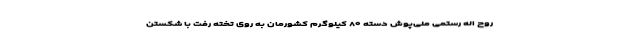
روح اله رستمی ملی‌پوش دسته ۸۰ کیلوگرم کشورمان به روی تخته رفت با شکستن